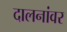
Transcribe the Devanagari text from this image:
दालनांवर